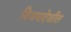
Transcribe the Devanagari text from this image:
विजयादेखील